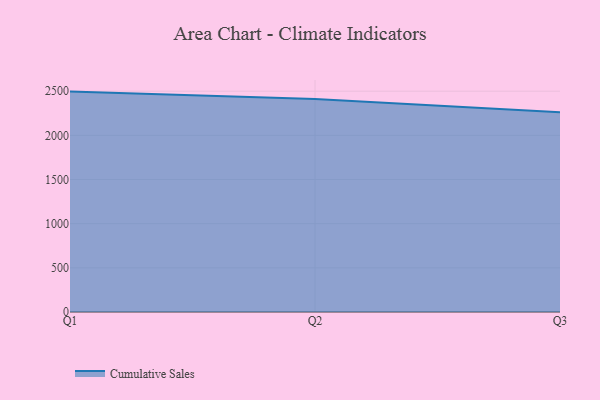
{"axis": {"x": "Quarter", "y": "Bounce Rate (%)"}, "legend": ["Cumulative Sales"], "data": [{"x": "Q1", "y": 2495.1, "type": "Cumulative Sales"}, {"x": "Q2", "y": 2411.3, "type": "Cumulative Sales"}, {"x": "Q3", "y": 2262.5, "type": "Cumulative Sales"}]}